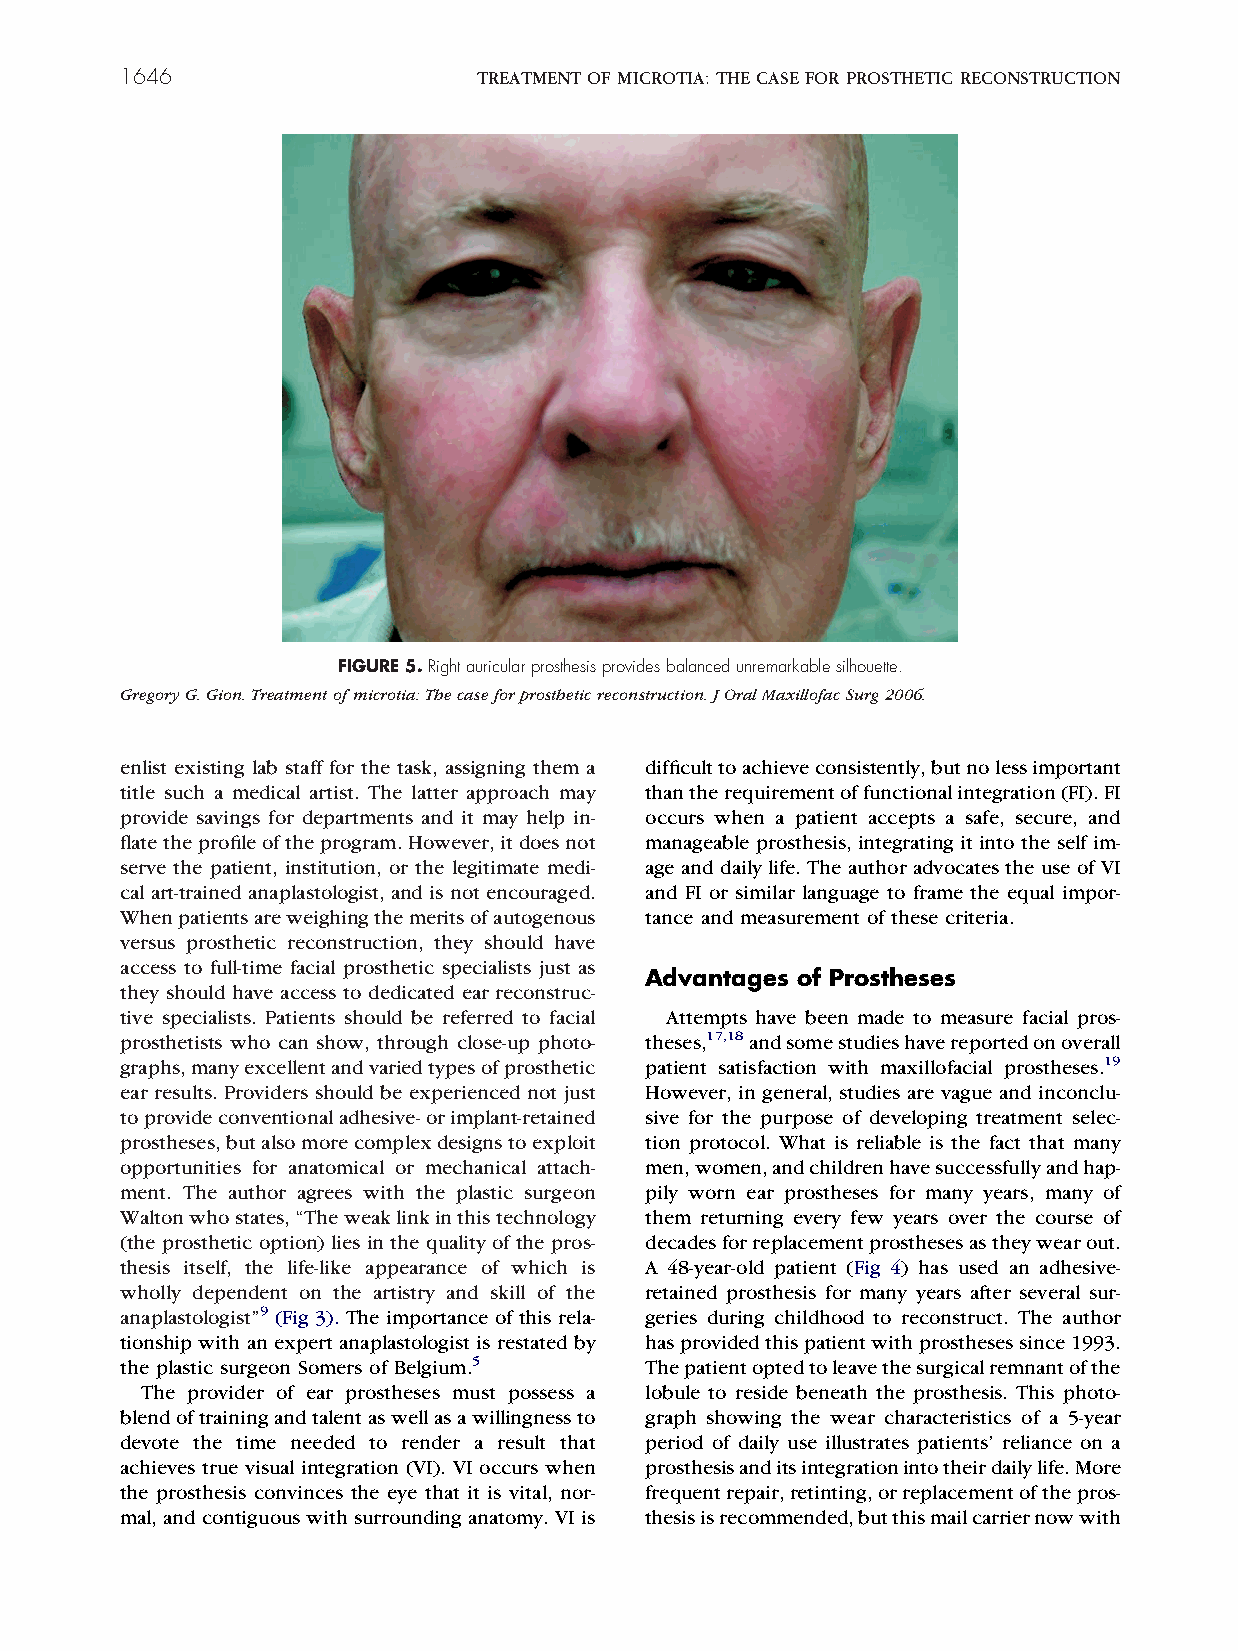
1646                    TREATMENTOFMICROTIA:THECASEFORPROSTHETICRECONSTRUCTION
 FIGURE5.Rightauricularprosthesisprovidesbalancedunremarkablesilhouette.
 GregoryG.Gion.Treatmentofmicrotia:Thecaseforprostheticreconstruction.JOralMaxillofacSurg2006.
 enlist existing lab staff for the task, assigning them a difficulttoachieveconsistently,butnolessimportant
 title such a medical artist. The latter approach may thantherequirementoffunctionalintegration(FI).FI
 provide savings for departments and it may help in- occurs when a patient accepts a safe, secure, and
 flatetheprofileoftheprogram.However,itdoesnot manageable prosthesis, integrating it into the self im-
 serve the patient, institution, or the legitimate medi- ageanddailylife.TheauthoradvocatestheuseofVI
 cal art-trained anaplastologist, and is not encouraged. and FI or similar language to frame the equal impor-
 Whenpatientsareweighingthemeritsofautogenous tance and measurement of these criteria.
 versus prosthetic reconstruction, they should have
 access to full-time facial prosthetic specialists just as
 Advantages of Prostheses
 they should have access to dedicated ear reconstruc-
 tive specialists. Patients should be referred to facial Attempts have been made to measure facial pros-
 prosthetists who can show, through close-up photo- theses,17,18andsomestudieshavereportedonoverall
 graphs,manyexcellentandvariedtypesofprosthetic patient satisfaction with maxillofacial prostheses.19
 ear results. Providers should be experienced not just However, in general, studies are vague and inconclu-
 toprovideconventionaladhesive-orimplant-retained sive for the purpose of developing treatment selec-
 prostheses,butalsomorecomplexdesignstoexploit tion protocol. What is reliable is the fact that many
 opportunities for anatomical or mechanical attach- men,women,andchildrenhavesuccessfullyandhap-
 ment. The author agrees with the plastic surgeon pily worn ear prostheses for many years, many of
 Waltonwhostates,“Theweaklinkinthistechnology them returning every few years over the course of
 (the prosthetic option) lies in the quality of the pros- decadesforreplacementprosthesesastheywearout.
 thesis itself, the life-like appearance of which is A 48-year-old patient (Fig 4) has used an adhesive-
 wholly dependent on the artistry and skill of the retained prosthesis for many years after several sur-
 anaplastologist”9 (Fig 3). The importance of this rela- geries during childhood to reconstruct. The author
 tionship with an expert anaplastologist is restated by hasprovidedthispatientwithprosthesessince1993.
 the plastic surgeon Somers of Belgium.5 Thepatientoptedtoleavethesurgicalremnantofthe
 The provider of ear prostheses must possess a lobule to reside beneath the prosthesis. This photo-
 blendoftrainingandtalentaswellasawillingnessto graph showing the wear characteristics of a 5-year
 devote the time needed to render a result that period of daily use illustrates patients’ reliance on a
 achieves true visual integration (VI). VI occurs when prosthesisanditsintegrationintotheirdailylife.More
 the prosthesis convinces the eye that it is vital, nor- frequentrepair,retinting,orreplacementofthepros-
 mal,andcontiguouswithsurroundinganatomy.VIis thesisisrecommended,butthismailcarriernowwith